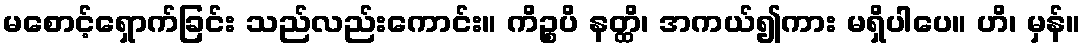
မစောင့်ရှောက်ခြင်း သည်လည်းကောင်း။ ကိဉ္စပိ နတ္ထိ၊ အကယ်၍ကား မရှိပါပေ။ ဟိ၊ မှန်။